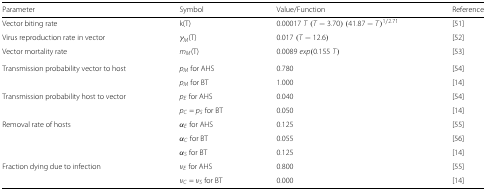
| Parameter | Symbol | Value/Function | Reference |
 | --- | --- | --- | --- |
 | Vector biting rate | k(T) | 0.00017 T (T−3.70) (41.87−T)1/2.71 | [51] |
 | Virus reproduction rate in vector | γM(T) | 0.017 (T−12.6) | [52] |
 | Vector mortality rate | mM(T) | 0.0089 exp(0.155 T) | [53] |
 | Transmission probability vector to host | pM for AHS | 0.780 | [54] |
 |  | pM for BT | 1.000 | [14] |
 | Transmission probability host to vector | pE for AHS | 0.040 | [54] |
 |  | pC = pS for BT | 0.050 | [14] |
 | Removal rate of hosts | αE for AHS | 0.125 | [55] |
 |  | αC for BT | 0.055 | [56] |
 |  | αS for BT | 0.125 | [14] |
 | Fraction dying due to infection | νE for AHS | 0.800 | [55] |
 |  | νC = νS for BT | 0.000 | [14] |